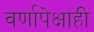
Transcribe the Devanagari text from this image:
वर्णापेक्षाही